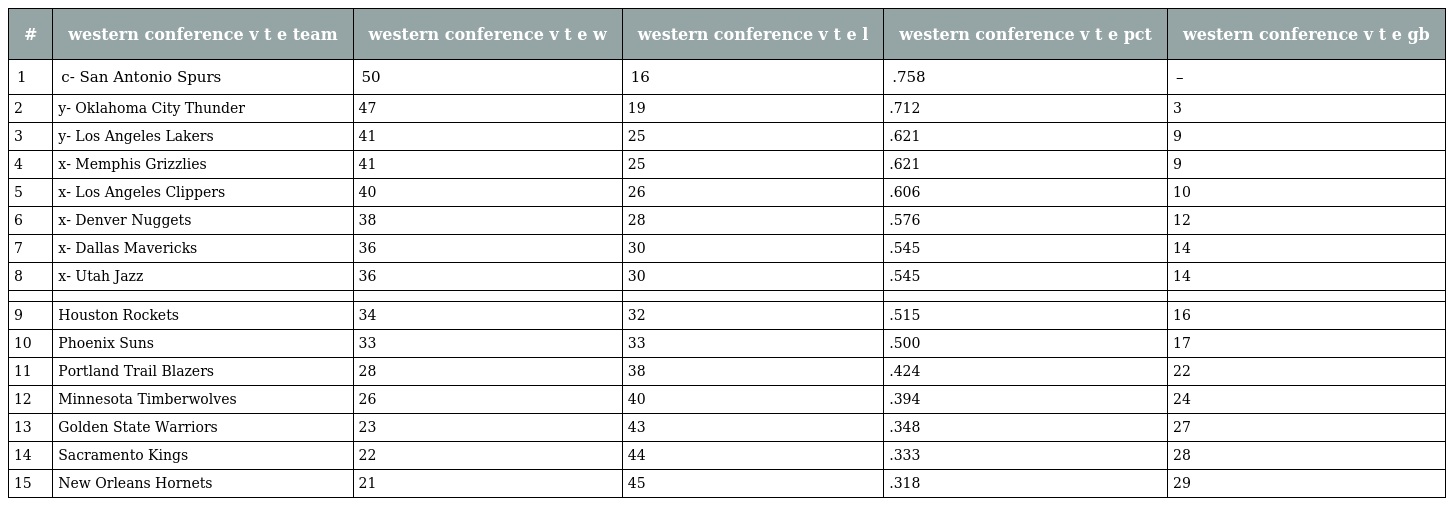
| # | western conference v t e team | western conference v t e w | western conference v t e l | western conference v t e pct | western conference v t e gb |
 | --- | --- | --- | --- | --- | --- |
 | 1 | c- San Antonio Spurs | 50 | 16 | .758 | – |
 | 2 | y- Oklahoma City Thunder | 47 | 19 | .712 | 3 |
 | 3 | y- Los Angeles Lakers | 41 | 25 | .621 | 9 |
 | 4 | x- Memphis Grizzlies | 41 | 25 | .621 | 9 |
 | 5 | x- Los Angeles Clippers | 40 | 26 | .606 | 10 |
 | 6 | x- Denver Nuggets | 38 | 28 | .576 | 12 |
 | 7 | x- Dallas Mavericks | 36 | 30 | .545 | 14 |
 | 8 | x- Utah Jazz | 36 | 30 | .545 | 14 |
 |  |  |  |  |  |  |
 | 9 | Houston Rockets | 34 | 32 | .515 | 16 |
 | 10 | Phoenix Suns | 33 | 33 | .500 | 17 |
 | 11 | Portland Trail Blazers | 28 | 38 | .424 | 22 |
 | 12 | Minnesota Timberwolves | 26 | 40 | .394 | 24 |
 | 13 | Golden State Warriors | 23 | 43 | .348 | 27 |
 | 14 | Sacramento Kings | 22 | 44 | .333 | 28 |
 | 15 | New Orleans Hornets | 21 | 45 | .318 | 29 |